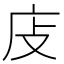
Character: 𢇮